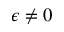
\epsilon \neq 0